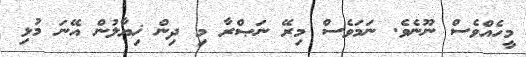
މީހެއްވެސް ނޫނެވެ. ނަމަވެސް މިރޭ ނަޞްރާ މި ދިން ޚިޔާލުން އޭނަ މުޅި